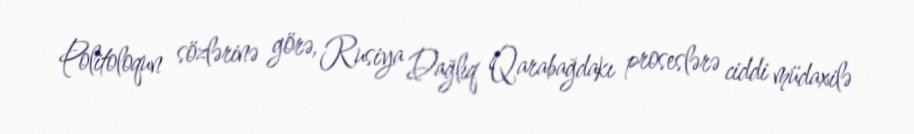
Politoloqun sözlərinə görə, Rusiya Dağlıq Qarabağdakı proseslərə ciddi müdaxilə